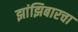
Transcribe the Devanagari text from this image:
झांझिबारचा